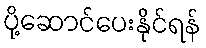
ပို့ဆောင်ပေးနိုင်ရန်